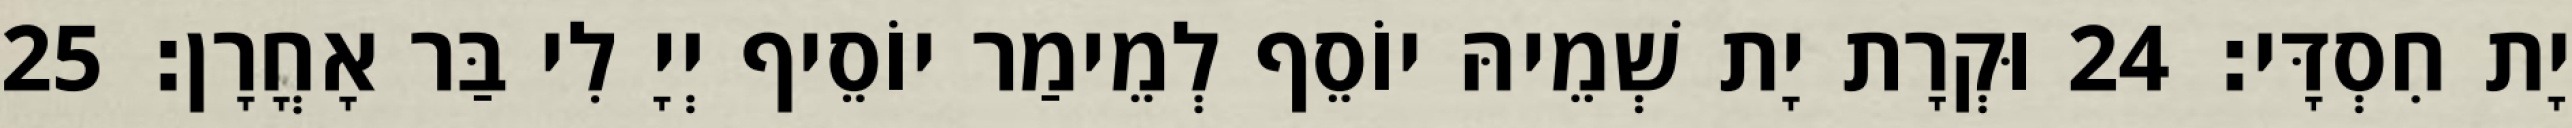
יָת חִסְדָּי׃ 24 וּקְרָת יָת שְׁמֵיהּ יוֹסֵף לְמֵימַר יוֹסֵיף יְיָ לִי בַּר אָחֳרָן׃ 25